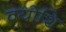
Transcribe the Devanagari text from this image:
क्योशि